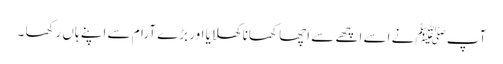
آپ ﷺ نے اسے اچھے سے اچھا کھانا کھلایا اور بڑے آرام سے اپنے ہاں رکھا ۔